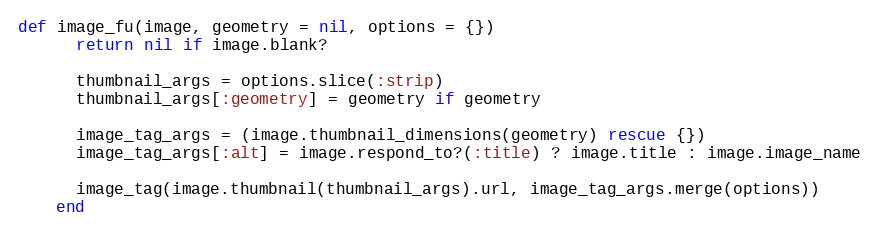
Language: Ruby
def image_fu(image, geometry = nil, options = {})
      return nil if image.blank?

      thumbnail_args = options.slice(:strip)
      thumbnail_args[:geometry] = geometry if geometry

      image_tag_args = (image.thumbnail_dimensions(geometry) rescue {})
      image_tag_args[:alt] = image.respond_to?(:title) ? image.title : image.image_name

      image_tag(image.thumbnail(thumbnail_args).url, image_tag_args.merge(options))
    end